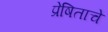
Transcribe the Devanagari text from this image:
प्रेषिताचे